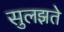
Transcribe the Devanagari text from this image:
सुलझते